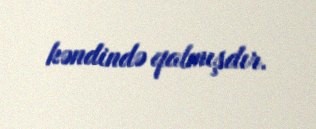
kəndində qalmışdır.